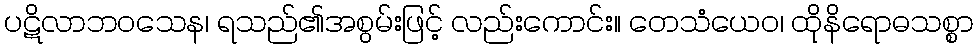
ပဋိလာဘဝသေန၊ ရသည်၏အစွမ်းဖြင့် လည်းကောင်း။ တေသံယေဝ၊ ထိုနိရောဓသစ္စာ